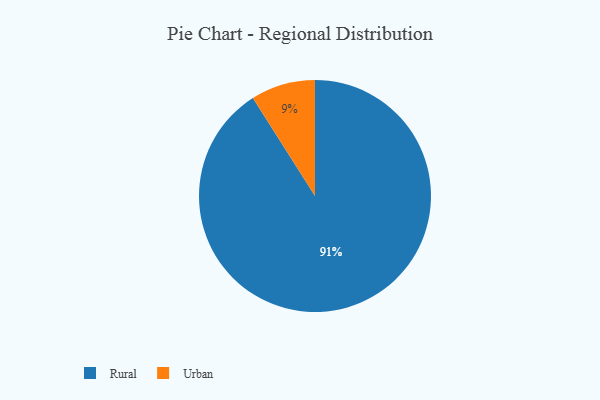
{"axis": {"x": "Category", "y": "Percentage"}, "legend": ["Rural", "Urban"], "data": [{"x": "Rural", "y": 91, "type": "Rural"}, {"x": "Urban", "y": 9, "type": "Urban"}]}